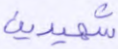
شهيدين